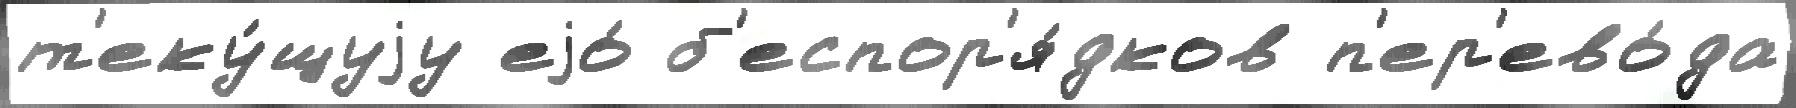
т'еку́щуjу еjо́ б'еспор'я́дков п'ер'ево́да